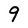
Character: 9